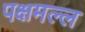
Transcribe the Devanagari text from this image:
पक्षमल्ल